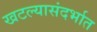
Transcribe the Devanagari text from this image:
खटल्यासंदर्भात